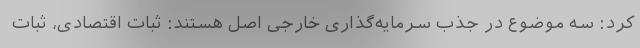
کرد: سه موضوع در جذب سرمایه‌گذاری خارجی اصل هستند: ثبات اقتصادی، ثبات